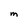
Character: m